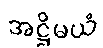
အဋ္ဌိမယံ